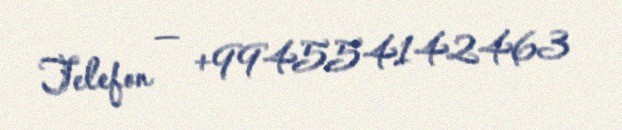
Telefon — +994554142463